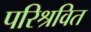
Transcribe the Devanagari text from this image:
परिश्रवित